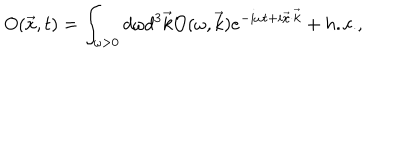
LaTeX: O ( \vec { x } , t ) = \int _ { \omega > 0 } { d \omega d ^ { 3 } \vec { k } { \cal { O } } ( \omega , \vec { k } ) e ^ { - i \omega t + i \vec { x } \cdot \vec { k } } + h . c . } ,